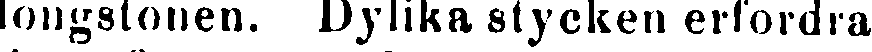
longstonen. Dylika stycken erfordra